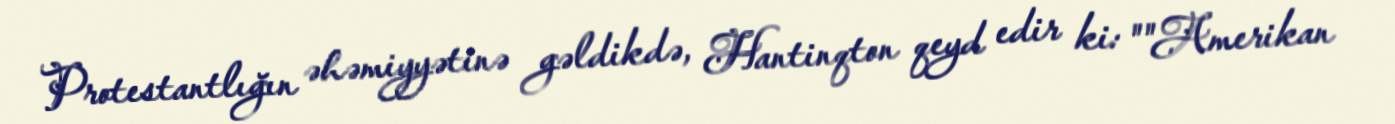
Protestantlığın əhəmiyyətinə gəldikdə, Hantinqton qeyd edir ki: ""Amerikan